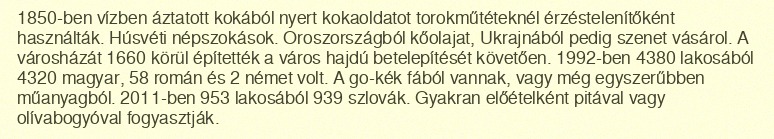
1850-ben vízben áztatott kokából nyert kokaoldatot torokműtéteknél érzéstelenítőként használták. Húsvéti népszokások. Oroszországból kőolajat, Ukrajnából pedig szenet vásárol. A városházát 1660 körül építették a város hajdú betelepítését követően. 1992-ben 4380 lakosából 4320 magyar, 58 román és 2 német volt. A go-kék fából vannak, vagy még egyszerűbben műanyagból. 2011-ben 953 lakosából 939 szlovák. Gyakran előételként pitával vagy olívabogyóval fogyasztják.